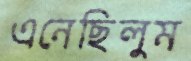
এনেছিলুম